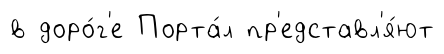
в доро́г'е Порта́л пр'едставл'я́ют